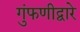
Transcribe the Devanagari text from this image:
गुंफणीद्वारे